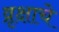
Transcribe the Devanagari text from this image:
व्रृक्षाचे